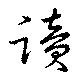
讀